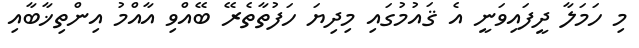
މި ހަމަލާ ދީފައިވަނީ އެ ޤައުމުގައި މިދިޔަ ހަފުތާތެރޭ ބޭއްވި އާއްމު އިންތިޚާބާއި